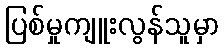
ပြစ်မှုကျူးလွန်သူမှာ